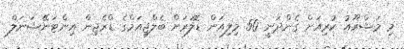
މި މަޝްރޫއު ކުރިއަށް ގެންދަނީ 50 މިލިއަން ޑޮލަރަށް ބެލްޖިއަމްގެ ޑްރެޖިން އިންޓަނޭޝަނަލް